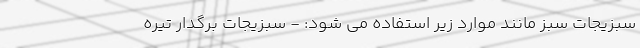
سبزیجات سبز مانند موارد زیر استفاده می شود: - سبزیجات برگدار تیره